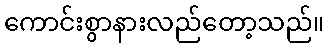
ကောင်းစွာနားလည်တော့သည်။